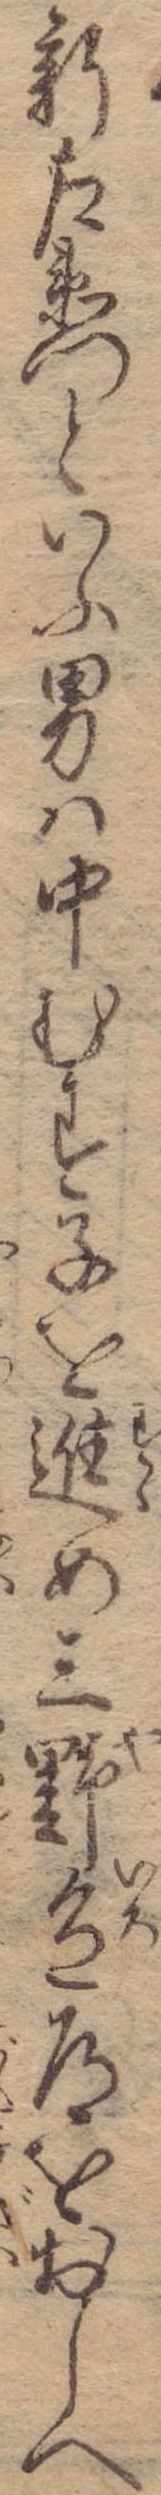
新左衛門といふ男は中むす子を進め三野色道をおしへ